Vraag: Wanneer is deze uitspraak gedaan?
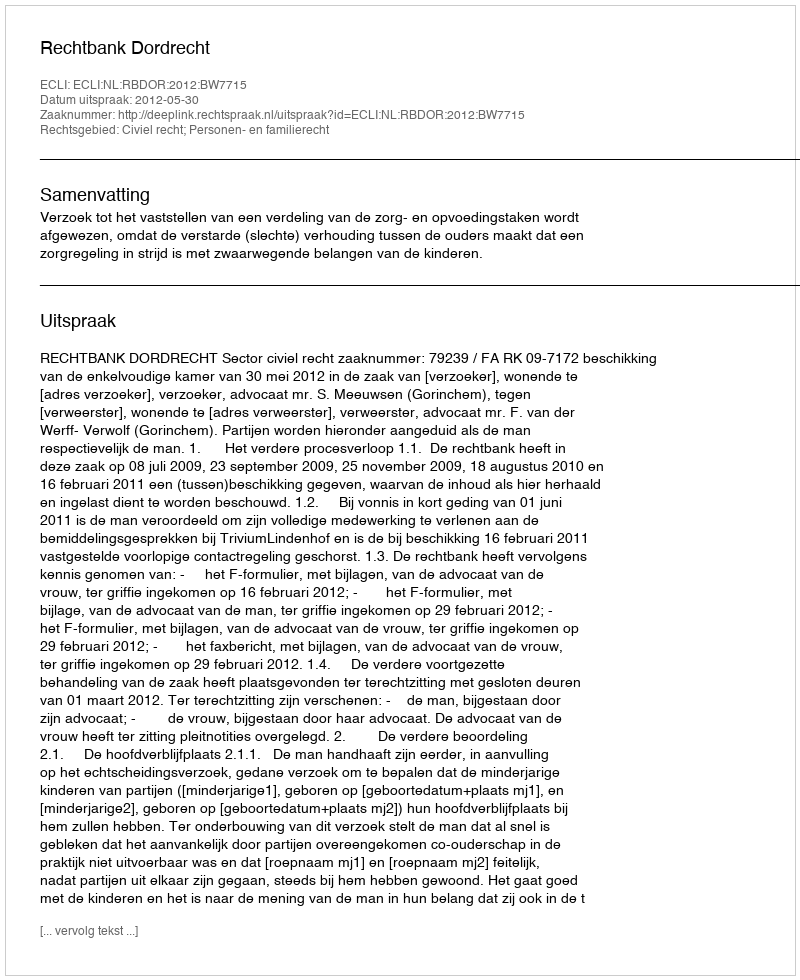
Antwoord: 2012-05-30